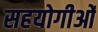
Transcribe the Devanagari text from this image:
सहयोगीओं